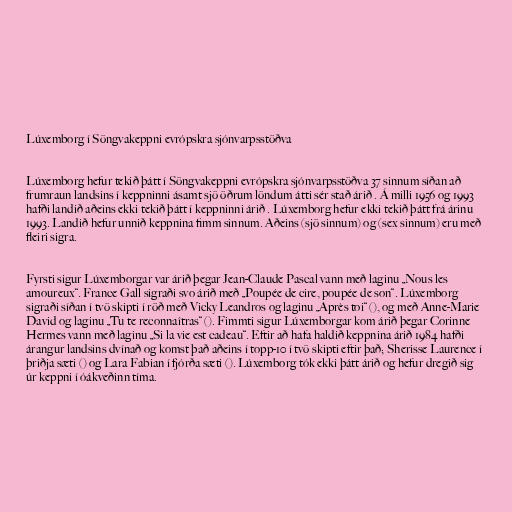
Lúxemborg í Söngvakeppni evrópskra sjónvarpsstöðva

Lúxemborg hefur tekið þátt í Söngvakeppni evrópskra sjónvarpsstöðva 37 sinnum síðan að
frumraun landsins í keppninni ásamt sjö öðrum löndum átti sér stað árið . Á milli 1956 og 1993
hafði landið aðeins ekki tekið þátt í keppninni árið . Lúxemborg hefur ekki tekið þátt frá árinu
1993. Landið hefur unnið keppnina fimm sinnum. Aðeins (sjö sinnum) og (sex sinnum) eru með
fleiri sigra.

Fyrsti sigur Lúxemborgar var árið þegar Jean-Claude Pascal vann með laginu „Nous les
amoureux“. France Gall sigraði svo árið með „Poupée de cire, poupée de son“. Lúxemborg
sigraði síðan í tvö skipti í röð með Vicky Leandros og laginu „Après toi“ (), og með Anne-Marie
David og laginu „Tu te reconnaîtras“ (). Fimmti sigur Lúxemborgar kom árið þegar Corinne
Hermes vann með laginu „Si la vie est cadeau“. Eftir að hafa haldið keppnina árið 1984 hafði
árangur landsins dvínað og komst það aðeins í topp-10 í tvö skipti eftir það; Sherisse Laurence í
þriðja sæti () og Lara Fabian í fjórða sæti (). Lúxemborg tók ekki þátt árið og hefur dregið sig
úr keppni í óákveðinn tíma.